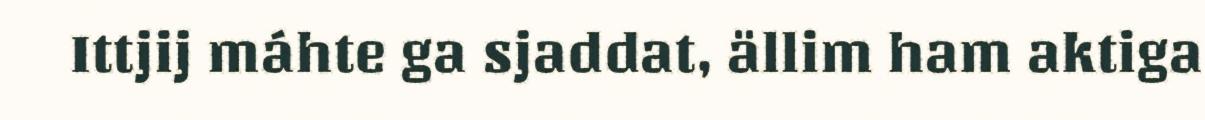
Ittjij máhte ga sjaddat, ällim ham aktiga